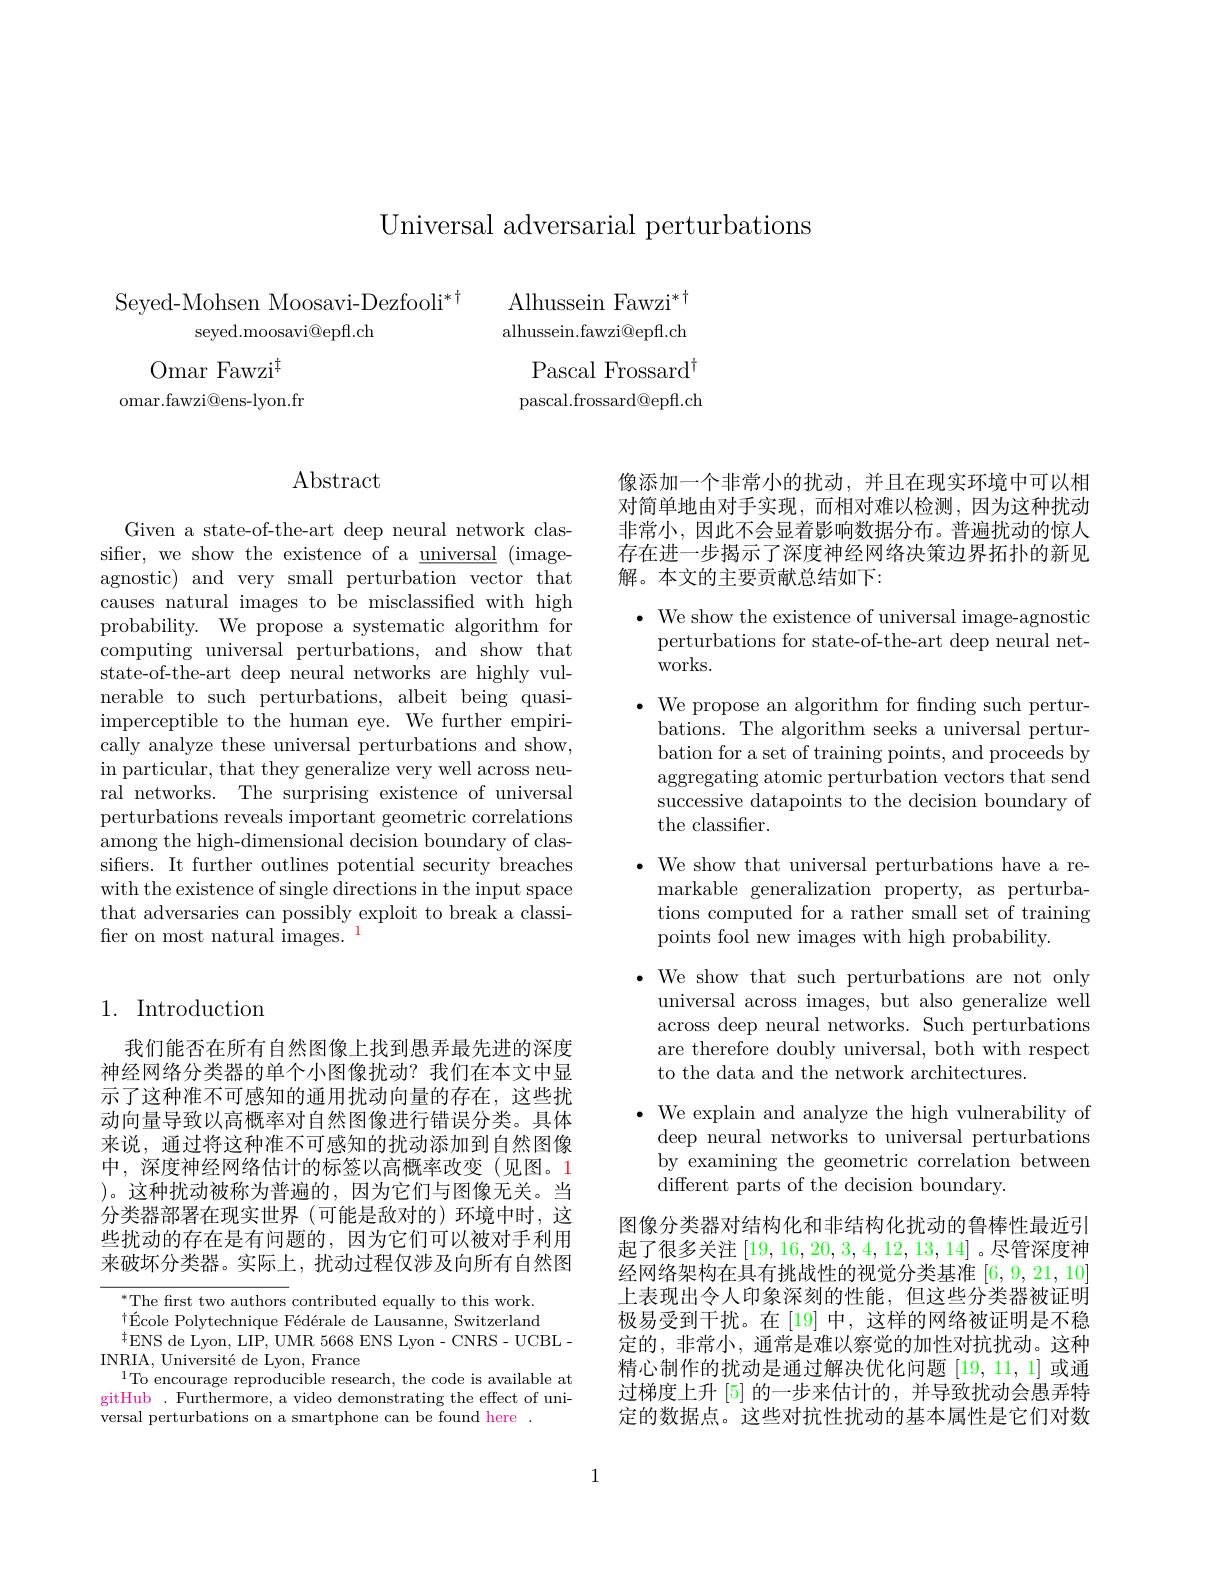
Universal adversarial perturbations

# Seyed-Mohsen Moosavi-Dezfooli*t seyed.moosavi@epft.ch

Alhussein Fawzi$^*$ alhussein.fawzi@epft.ch
$\mathrm{Omar~Fawzi}^{\ddagger}$
Pascal Frossard$^\dagger$
omar.fawzi@ens-lyon.fr
pascal. frossard@ epff. ch

## Abstract

Given a state-of-the-art deep neural network classifier, we show the existence of a universal (imageagnostic) and very small perturbation vector that causes natural images to be misclassified with high probability. We propose a systematic algorithm for computing universal perturbations, and show that state-of-the-art deep neural networks are highly vulnerable to such perturbations, albeit being quasiimperceptible to the human eye. We further empirically analyze these universal perturbations and show, in particular, that they generalize very well across neural networks. The surprising existence of universal perturbations reveals important geometric correlations among the high-dimensional decision boundary of classifers. It further outlines potential security breaches with the existence of single directions in the input space that adversaries can possibly exploit to break a classifer on most natural images.$^{\color{#c00}{1}}$

## 1. Introduction

我们能否在所有自然图像上找到愚弄最先进的深度神经网络分类器的单个小图像扰动？我们在本文中显示了这种准不可感知的通用扰动向量的存在，这些扰动向量导致以高概率对自然图像进行错误分类。具体来说，通过将这种准不可感知的扰动添加到自然图像中，深度神经网络估计的标签以高概率改变(见图。1 )。这种扰动被称为普遍的，因为它们与图像无关。当分类器部署在现实世界(可能是敌对的)环境中时，这些扰动的存在是有问题的，因为它们可以被对手利用来破坏分类器。实际上，扰动过程仅涉及向所有自然图

$^{*}$The first two authors contributed equally to this work. $^{\dagger }\text{\' {E}colePolytechnique F\' {e}d\' {e}raledeLausanne, Switzerland}$ $^{\dagger}$ENS de Lyon, LIP, UMR 5668 ENS Lyon- CNRS- UCBL-
INRIA, Université de Lyon, France
$^{1}$To encourage reproducible research, the code is available at gitHub . Furthermore, a video demonstrating the effect of universal perturbations on a smartphone can be found here .

像添加一个非常小的扰动，并且在现实环境中可以相对简单地由对手实现，而相对难以检测，因为这种扰动非常小，因此不会显着影响数据分布。普遍扰动的惊人存在进一步揭示了深度神经网络决策边界拓扑的新见解。本文的主要贡献总结如下：

$\bullet$ We show the existence of universal image-agnostic
perturbations for state-of-the-art deep neural net-
works.
$\bullet$ We propose an algorithm for fnding such pertur-
bations. The algorithm seeks a universal perturbation for a set of training points, and proceeds by aggregating atomic perturbation vectors that send successive datapoints to the decision boundary of the classifier.
$\bullet$ We show that universal perturbations have a remarkable generalization property, as perturbations computed for a rather small set of training points fool new images with high probability.
$\textbf{·We show that such perturbations are not only}$
universal across images, but also generalize well across deep neural networks. Such perturbations are therefore doubly universal, both with respect to the data and the network architectures.
$\bullet$ We explain and analyze the high vulnerability of
deep neural networks to universal perturbations by examining the geometric correlation between different parts of the decision boundary.
图像分类器对结构化和非结构化扰动的鲁棒性最近引起了很多关注[19,16,20,3,4,12,13,14] 。尽管深度神经网络架构在具有挑战性的视觉分类基准[6,9,21,10] 上表现出令人印象深刻的性能，但这些分类器被证明极易受到干扰。在[19]中，这样的网络被证明是不稳定的，非常小，通常是难以察觉的加性对抗扰动。这种精心制作的扰动是通过解决优化问题 [19,11,1] 或通

过梯度上升 [5] 的一步来估计的，并导致扰动会愚弄特定的数据点。这些对抗性扰动的基本属性是它们对数

1